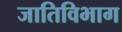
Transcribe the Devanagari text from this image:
जातिविभाग